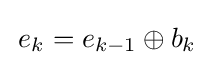
\,e_{k}=e_{k-1}\oplus b_{k}